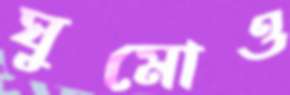
ঘুমোও